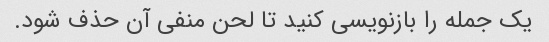
یک جمله را بازنویسی کنید تا لحن منفی آن حذف شود.